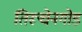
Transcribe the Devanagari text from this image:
तिरूचेनगोड